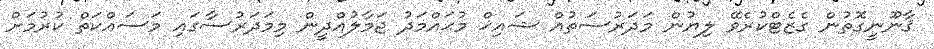
ޤާނޫނީގޮތުން ގެޒެޓްކުރެވޭ ލިޔުން މަދަރުސަތުއް ޝައިޚް މުޙައްމަދު ޖަމާލުއްދީން މިމަދަރުސާގައި މަސައްކަތް ކުރުމަށް